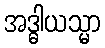
အဒ္ဓါယသ္မာ